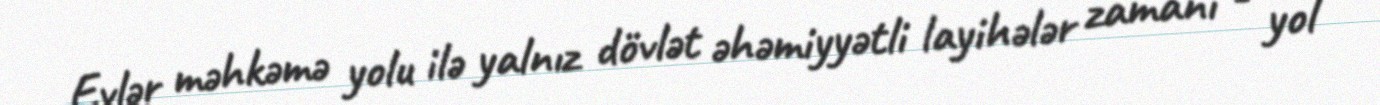
Evlər məhkəmə yolu ilə yalnız dövlət əhəmiyyətli layihələr zamanı - yol